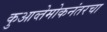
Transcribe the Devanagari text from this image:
कुआव्तेमोकनंतरचा